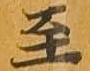
至